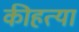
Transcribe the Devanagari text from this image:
कीहत्या